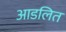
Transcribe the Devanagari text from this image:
आडलित